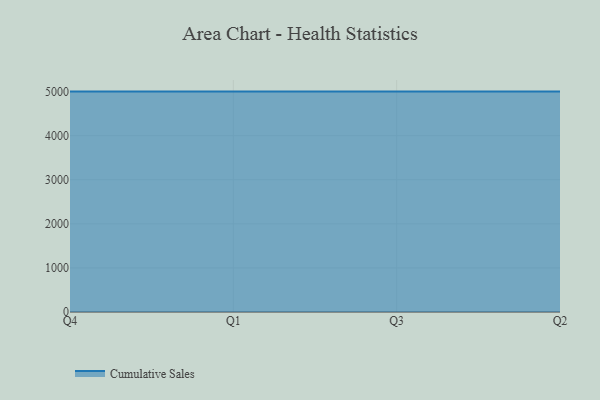
{"axis": {"x": "Quarter", "y": "Gross Profit (USD K)"}, "legend": ["Cumulative Sales"], "data": [{"x": "Q4", "y": 5000, "type": "Cumulative Sales"}, {"x": "Q1", "y": 5000, "type": "Cumulative Sales"}, {"x": "Q3", "y": 5000, "type": "Cumulative Sales"}, {"x": "Q2", "y": 5000, "type": "Cumulative Sales"}]}